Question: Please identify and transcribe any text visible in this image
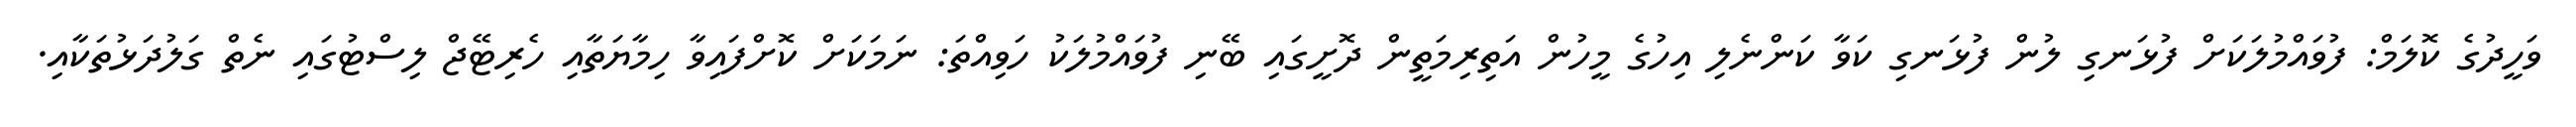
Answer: ވަހީދުގެ ކޮލަމް: ފުވައްމުލަކަށް ފުޅަނގި ލުން ފުޅަނގި ކަވާ ކަންނެލި އިހުގެ މީހުން އަތިރިމަތީން ދޮށީގައި ބޭނި ފުވައްމުލަކު ހަވިއްތަ: ނަމަކަށް ކޮށްފައިވާ ހިމާޔަތާއި ހެރިޓޭޖް ލިސްޓުގައި ނެތް ގަލުދަޅުތަކާއި.